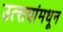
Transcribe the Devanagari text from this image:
उत्सवांमधून